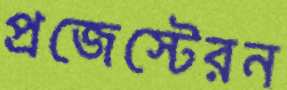
প্রজেস্টেরন